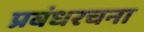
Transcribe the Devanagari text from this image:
प्रबंधरचना